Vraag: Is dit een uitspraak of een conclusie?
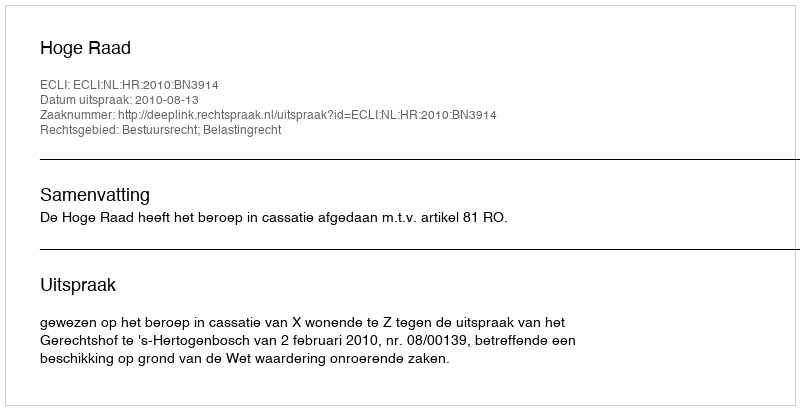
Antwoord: Uitspraak